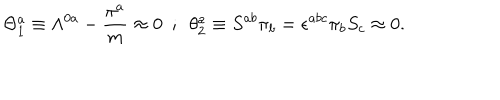
LaTeX: \Theta _ { 1 } ^ { a } \equiv \Lambda ^ { 0 a } - { \frac { \pi ^ { a } } { m } } \approx 0 ~ ~ ; ~ ~ \theta _ { 2 } ^ { a } \equiv S ^ { a b } \pi _ { b } = \epsilon ^ { a b c } \pi _ { b } S _ { c } \approx 0 .